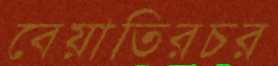
বেয়াতিরচর